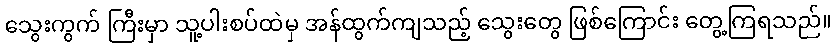
သွေးကွက် ကြီးမှာ သူ့ပါးစပ်ထဲမှ အန်ထွက်ကျသည့် သွေးတွေ ဖြစ်ကြောင်း တွေ့ကြရသည်။